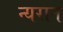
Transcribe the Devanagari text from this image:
न्यरान